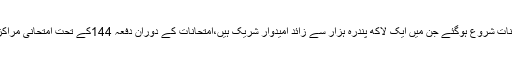
21 فروری2018ء) میٹرک کے سالانہ امتحانات شروع ہوگئے جن میں ایک لاکھ پندرہ ہزار سے زائد امیدوار شریک ہیں،امتحانات کے دوران دفعہ 144کے تحت امتحانی مراکز کے حدود میں فوٹواسٹیٹ شاپس بند رہیں گی۔